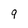
Character: 9